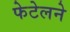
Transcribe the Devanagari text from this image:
फेटेलने